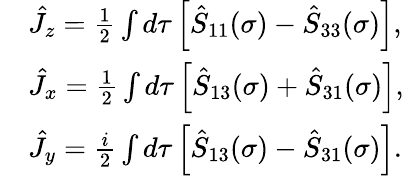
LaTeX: \begin{array}{rl}&{\hat{J}_{z}=\frac{1}{2}\int d\tau\left[\hat{S}_{11}(\sigma)-\hat{S}_{33}(\sigma)\right],}\\ &{\hat{J}_{x}=\frac{1}{2}\int d\tau\left[\hat{S}_{13}(\sigma)+\hat{S}_{31}(\sigma)\right],}\\ &{\hat{J}_{y}=\frac{i}{2}\int d\tau\left[\hat{S}_{13}(\sigma)-\hat{S}_{31}(\sigma)\right].}\end{array}